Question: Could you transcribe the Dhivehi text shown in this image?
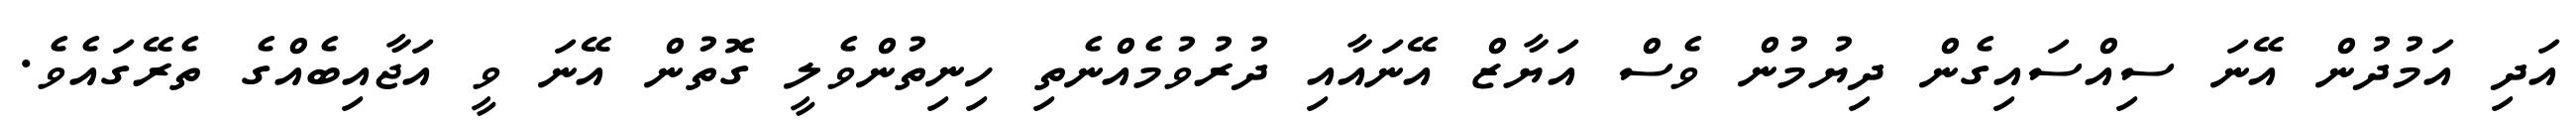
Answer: އަދި އަމުދުން އޭނަ ސިއްސައިގެން ދިޔުމުން ވެސް އަޔާޒް އޭނައާއި ދުރުވުމެއްނެތި ހިނިތުންވެލީ ގޮތުން އޭނަ ވީ އަޖާއިބެއްގެ ތެރޭގައެވެ.